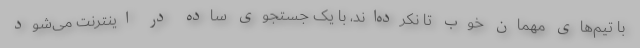
با تیم‌های مهمان خوب تا نکرده‌اند، با یک جستجوی ساده در اینترنت می‌شود